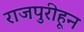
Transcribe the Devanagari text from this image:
राजपुरीहून